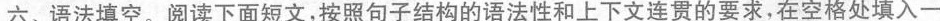
六、语法填空.阅读下面短文,按照句子结构的语法性和上下文连贯的要求,在空格处填入一